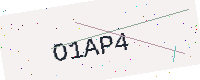
Text: O1AP4